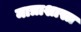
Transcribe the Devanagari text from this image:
मात्राशास्त्र